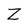
Character: Z